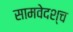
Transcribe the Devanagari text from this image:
सामवेदश्च